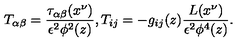
T _ { \alpha \beta } = \frac { \tau _ { \alpha \beta } ( x ^ { \nu } ) } { \epsilon ^ { 2 } \phi ^ { 2 } ( z ) } , T _ { i j } = - g _ { i j } ( z ) \frac { L ( x ^ { \nu } ) } { \epsilon ^ { 2 } \phi ^ { 4 } ( z ) } .